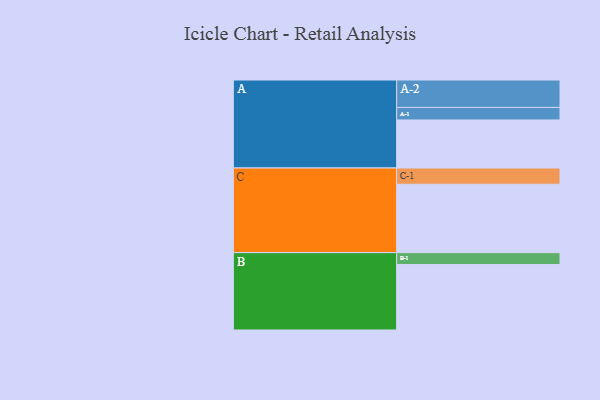
{"axis": {"x": "Segment", "y": "Value"}, "legend": ["", "A", "B", "C"], "data": [{"x": "A", "y": 375, "type": ""}, {"x": "B", "y": 511, "type": ""}, {"x": "C", "y": 534, "type": ""}, {"x": "A-1", "y": 98, "type": "A"}, {"x": "A-2", "y": 214, "type": "A"}, {"x": "B-1", "y": 93, "type": "B"}, {"x": "C-1", "y": 127, "type": "C"}]}